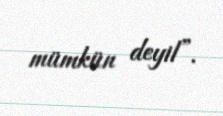
mümkün deyil”.